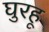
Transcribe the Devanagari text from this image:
घुरहू